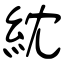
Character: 紞